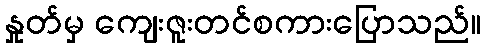
နှုတ်မှ ကျေးဇူးတင်စကားပြောသည်။